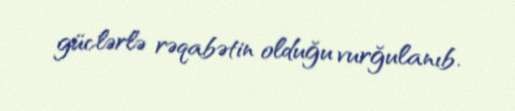
güclərlə rəqabətin olduğu vurğulanıb.